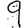
Digit: 9